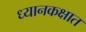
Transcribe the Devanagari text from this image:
ध्यानकक्षात